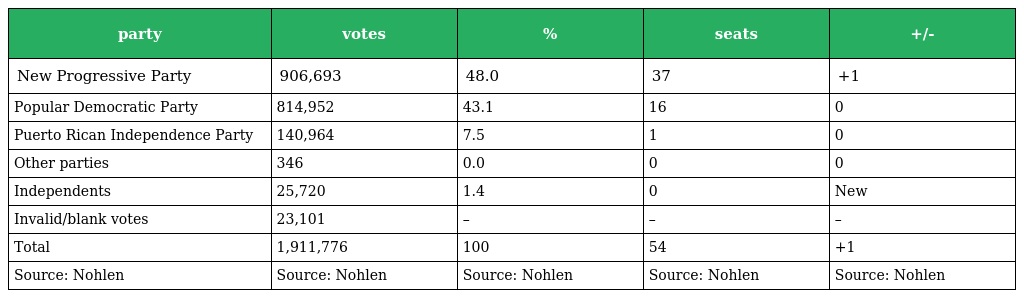
| party | votes | % | seats | +/- |
 | --- | --- | --- | --- | --- |
 | New Progressive Party | 906,693 | 48.0 | 37 | +1 |
 | Popular Democratic Party | 814,952 | 43.1 | 16 | 0 |
 | Puerto Rican Independence Party | 140,964 | 7.5 | 1 | 0 |
 | Other parties | 346 | 0.0 | 0 | 0 |
 | Independents | 25,720 | 1.4 | 0 | New |
 | Invalid/blank votes | 23,101 | – | – | – |
 | Total | 1,911,776 | 100 | 54 | +1 |
 | Source: Nohlen | Source: Nohlen | Source: Nohlen | Source: Nohlen | Source: Nohlen |